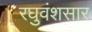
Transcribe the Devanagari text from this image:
रघुवंशसार